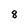
Character: 8